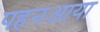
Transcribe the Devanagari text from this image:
पहनआया